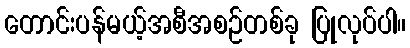
တောင်းပန်မယ့်အစီအစဉ်တစ်ခု ပြုလုပ်ပါ။